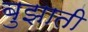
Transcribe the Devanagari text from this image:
बुझाती